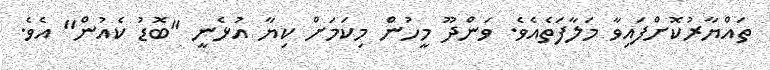
ތައްޔާރުކޮށްފައިވާ މަލާފަތެއެވެ. ވަންދޫ މީހުން މިކަމަށް ކިޔާ އުޅެނީ "ބޮޑު ކެއުން" އެވެ.